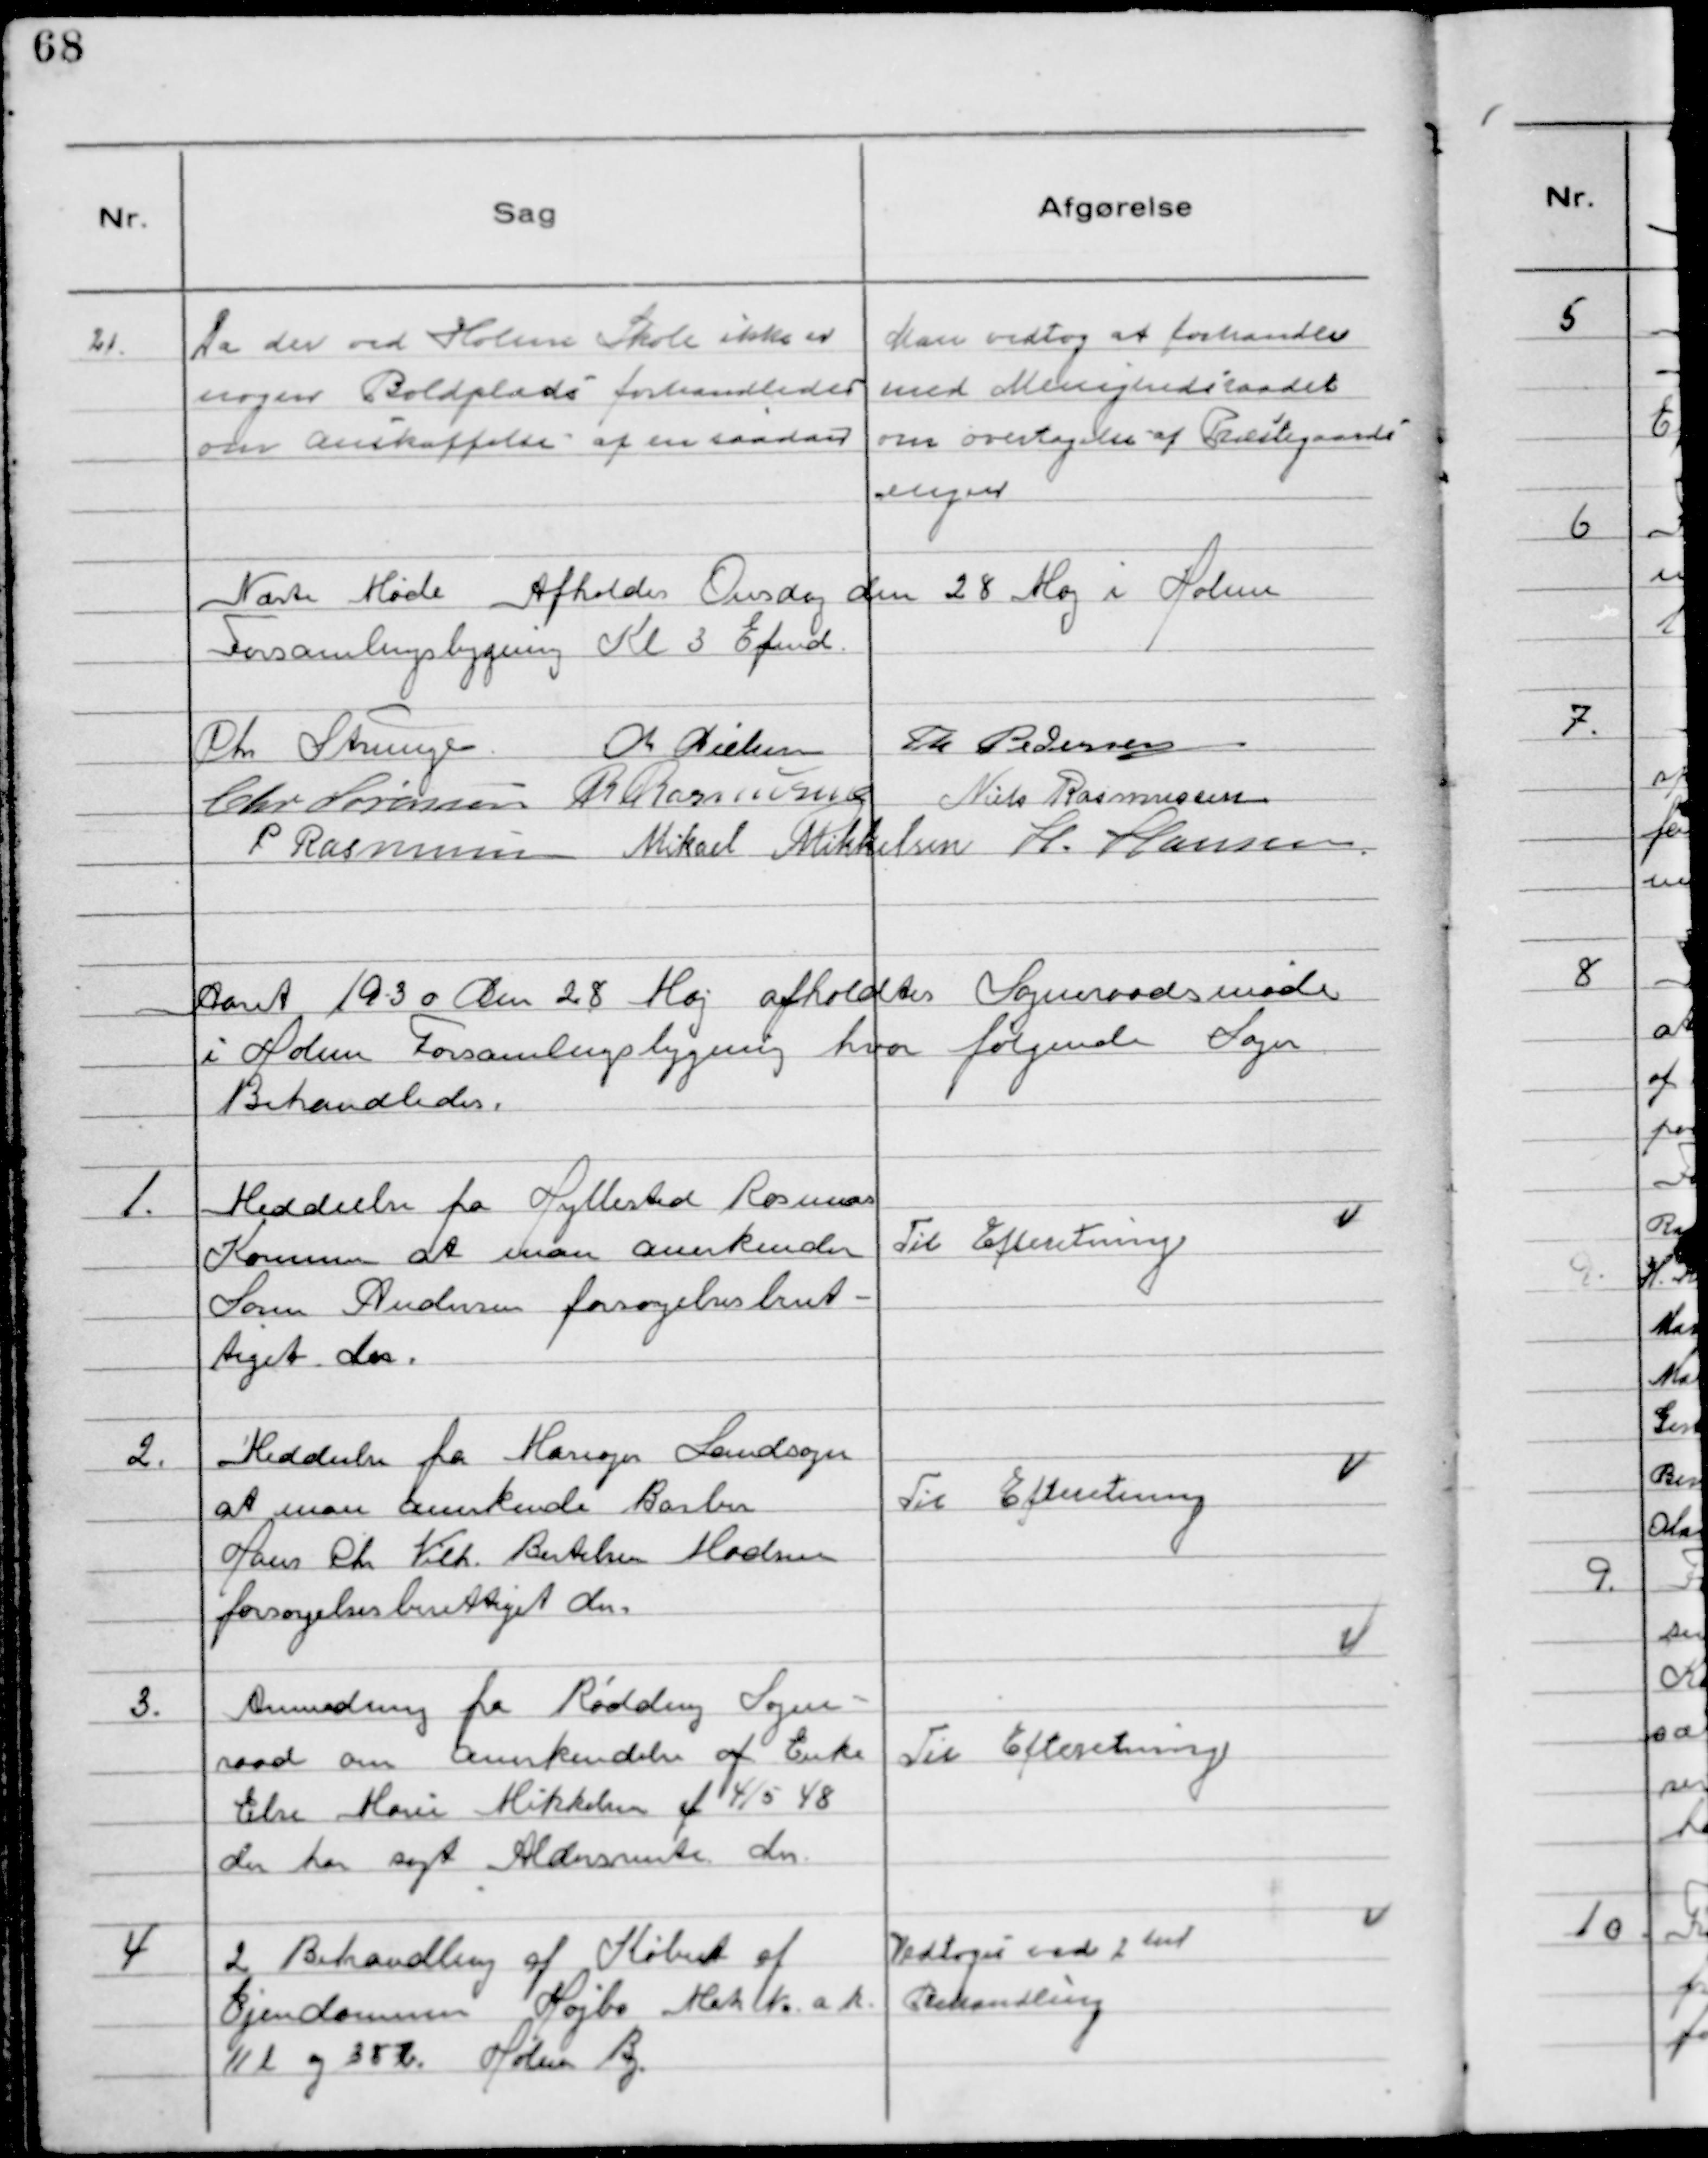
Transskription:
21. Da der ved Holme Skole ikke er
nogen Boldplads forhandledes
om anskaffelse af en saadan

Man vedtog at forhandle
med Menighedsraadet
om overtagelse af Præstegaards
engen

Næste Møde Afholdes Onsdag den 28 Maj i Holme
Forsamlingsbygning Kl 3 Efmd.
Chr Strunge Ch Nielsen Th Pedersen
Chr Sørensen R Rasmussen Niels Rasmussen
P Rasmussen Mikael Mikkelsen H. Hansen

Aaret 1930 Den 28 Maj afholdtes Sogneraadsmøde
i Holme Forsamlingsbygning hvor følgende Sager
Behandledes.

1. Meddeelse fra Hyllested Rosmus
Kommune at man anerkender
Søren Andersen forsørgelsesberet-
tiget der.

Til Efteretning

2. Meddeelse fra Mariager Landsogn
at man anerkender Barber
Hans Chr Vilh. Bertelsen Madsen
forsørgelsesberettiget der.

Til Efteretning

3. Anmodning fra Rødding Sogne-
raad om anerkendelse af Enke
Else Marie Mikkelsen f 4/5 48
der har søgt Aldersrente der

Til Efteretning

4 2 Behandling af Købet af
Ejendommen Højbo Matr №a k

11 l og 38 b. Holme By.
Vedtoges ved 2 den
Behandling